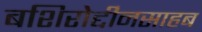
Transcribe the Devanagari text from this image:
बशिरोद्दीनसाहब